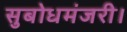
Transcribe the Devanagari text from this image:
सुबोधमंजरी।